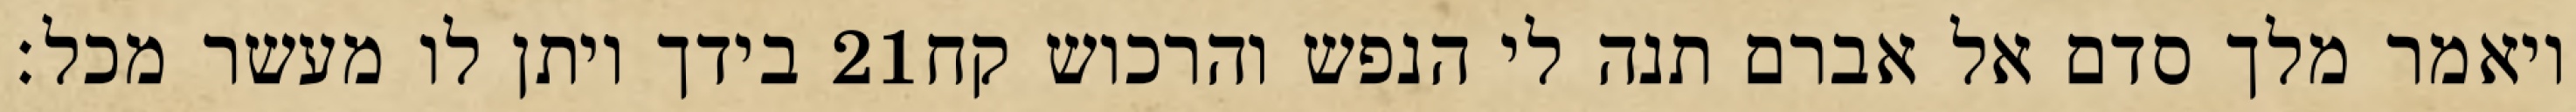
בידך ויתן לו מעשר מכל׃ ‎21‏ ויאמר מלך סדם אל אברם תנה לי הנפש והרכוש קח